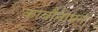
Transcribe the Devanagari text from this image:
काबौनापन